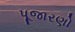
પૂજારણો